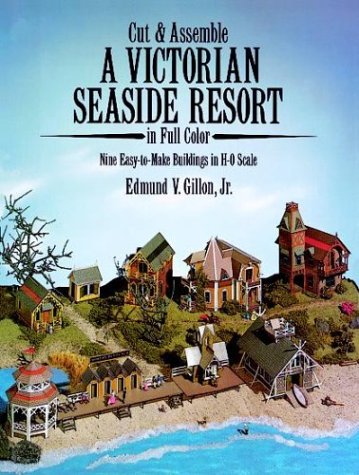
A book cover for Cut and Assemble Victorian Seaside Resort (Cut & Assemble Buildings in H-O Scale); Edmund V. Gillon Jr.; Teen & Young Adult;